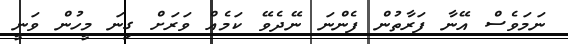
ނަމަވެސް އޭނާ ފަރާތުން ފެންނަ ނޭދެވޭ ކަމެއް ވަރަށް ގިނަ މީހުން ވަނީ